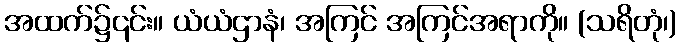
အထက်၌၎င်း။ ယံယံဌာနံ၊ အကြင် အကြင်အရာကို။ (သရိတုံ၊)